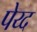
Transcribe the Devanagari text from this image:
पेय्द